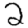
Digit: 2